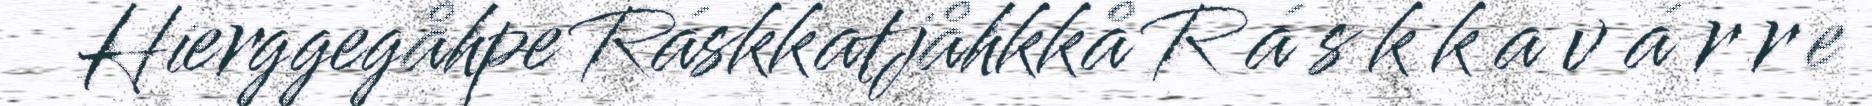
Hierggegåhpe Ráskkatjåhkkå R á s k k a v á r r e